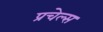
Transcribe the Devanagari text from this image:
प्रचेल्स